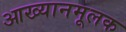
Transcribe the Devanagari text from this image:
आख्यानमूलक